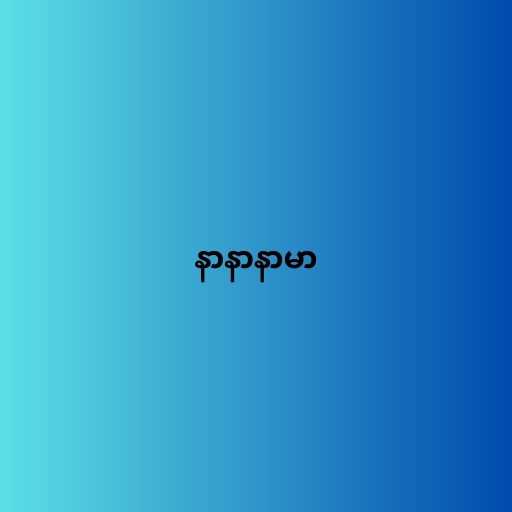
နာနာနာမာ